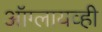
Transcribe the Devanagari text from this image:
ऑग्लायव्ही